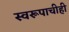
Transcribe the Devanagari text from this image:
स्वरूपाचीही